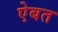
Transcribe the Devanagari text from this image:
ऐबत